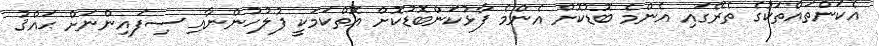
އެކަންތައްތަކުގެ ތެރޭގައި އެންމެ ބޮޑުކޮށް އެންމެ ފާޅުކަންބޮޑުކޮށް އޮތްކަމަކީ ފުލުހުންނާއި ސިފައިންނަށް ޙައްޤު